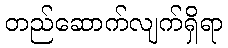
တည်ဆောက်လျက်ရှိရာ